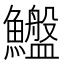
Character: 𱇆